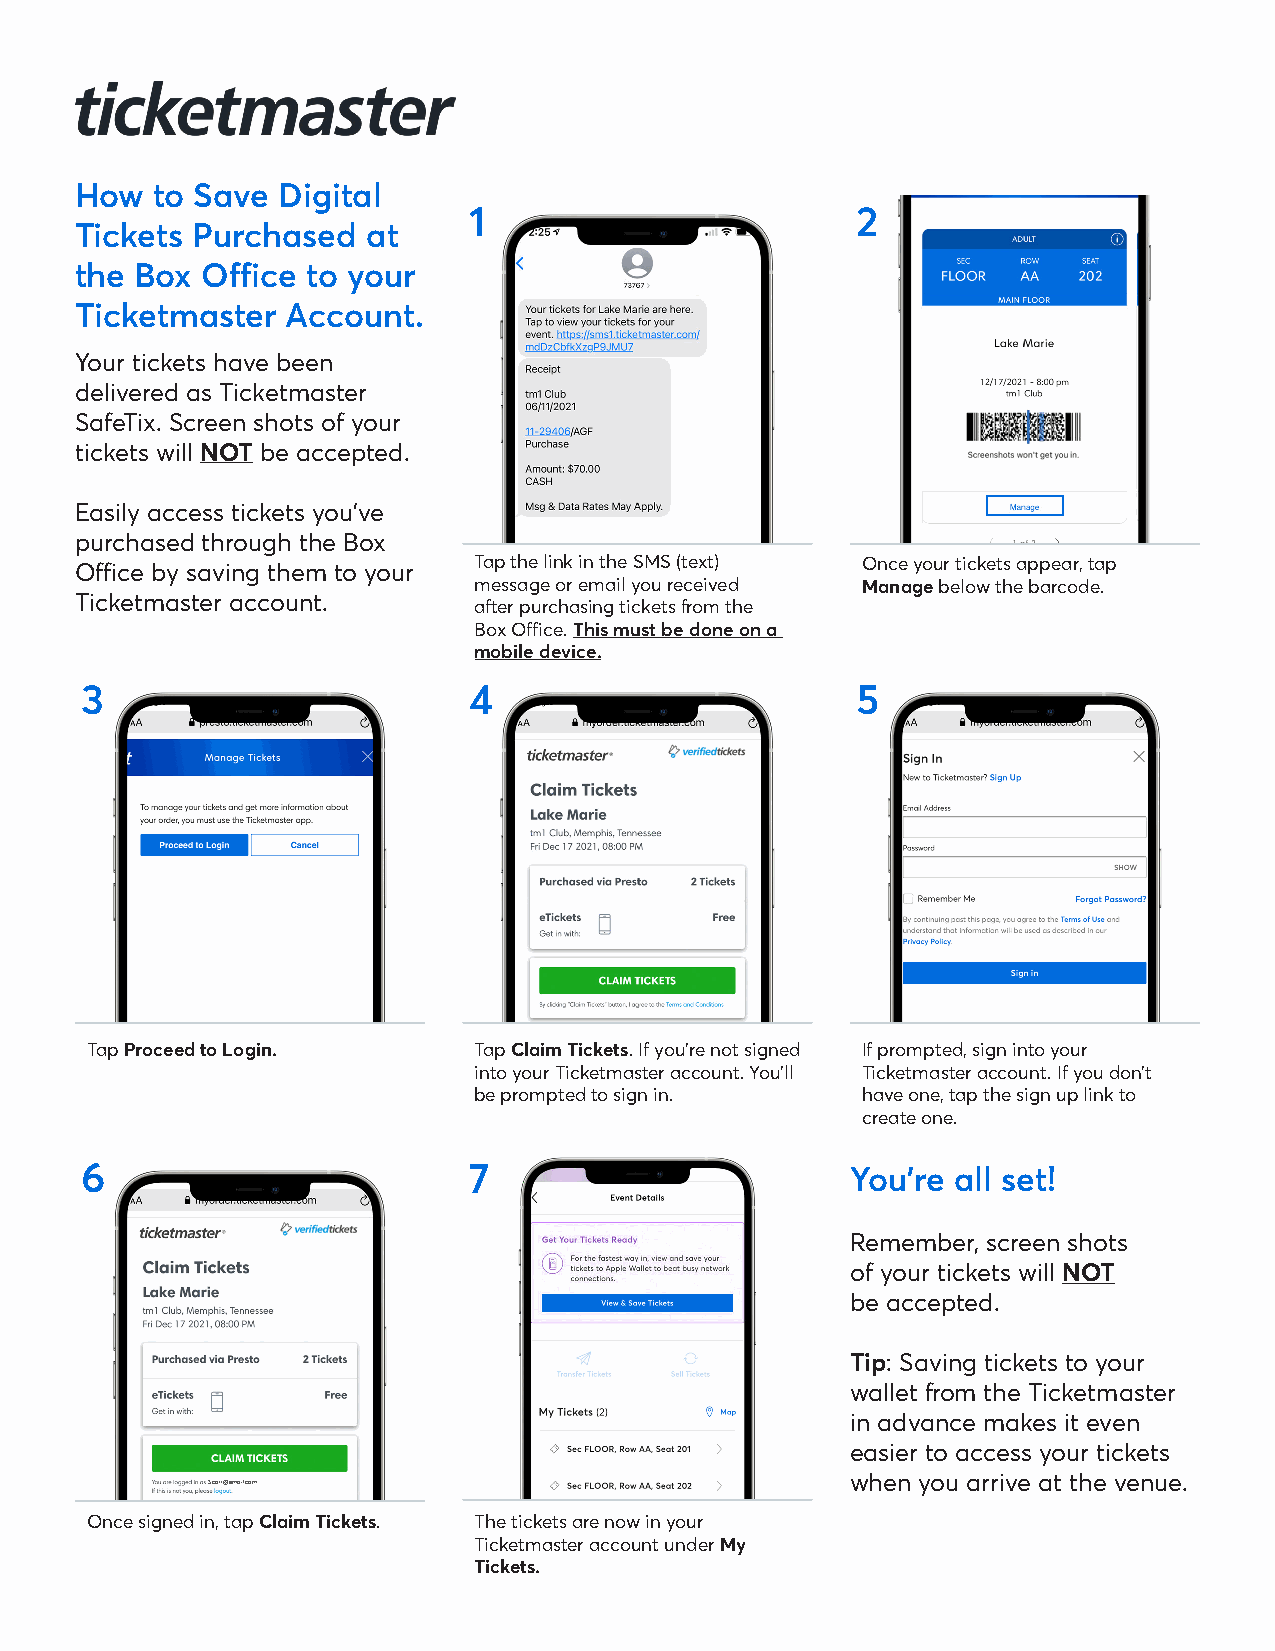
How  to Save Digital
 1                         2
 Tickets Purchased  at
 the Box Office to your
 Ticketmaster  Account.
 Your tickets have been
 delivered as Ticketmaster
 SafeTix. Screen shots of your
 tickets will NOT be accepted.
 Easily access tickets you’ve
 purchased through the Box
 Office by saving them to your Tap the link in the SMS (text) Once your tickets appear, tap
 message or email you received Manage below the barcode.
 Ticketmaster account.
 after purchasing tickets from the
 Box Office. This must be done on a
 mobile device.
 3                         4                         5
 Tap Proceed to Login.    Tap Claim Tickets. If you’re not signed If prompted, sign into your
 into your Ticketmaster account. You’ll Ticketmaster account. If you don’t
 be prompted to sign in.   have one, tap the sign up link to
 create one.
 6                         7                        You’re all set!
 Remember, screen shots
 of your tickets will NOT
 be accepted.
 Tip: Saving tickets to your
 wallet from the Ticketmaster
 in advance makes it even
 easier to access your tickets
 when you arrive at the venue.
 Scott@email.com
 Once signed in, tap Claim Tickets. The tickets are now in your
 Ticketmaster account under My
 Tickets.